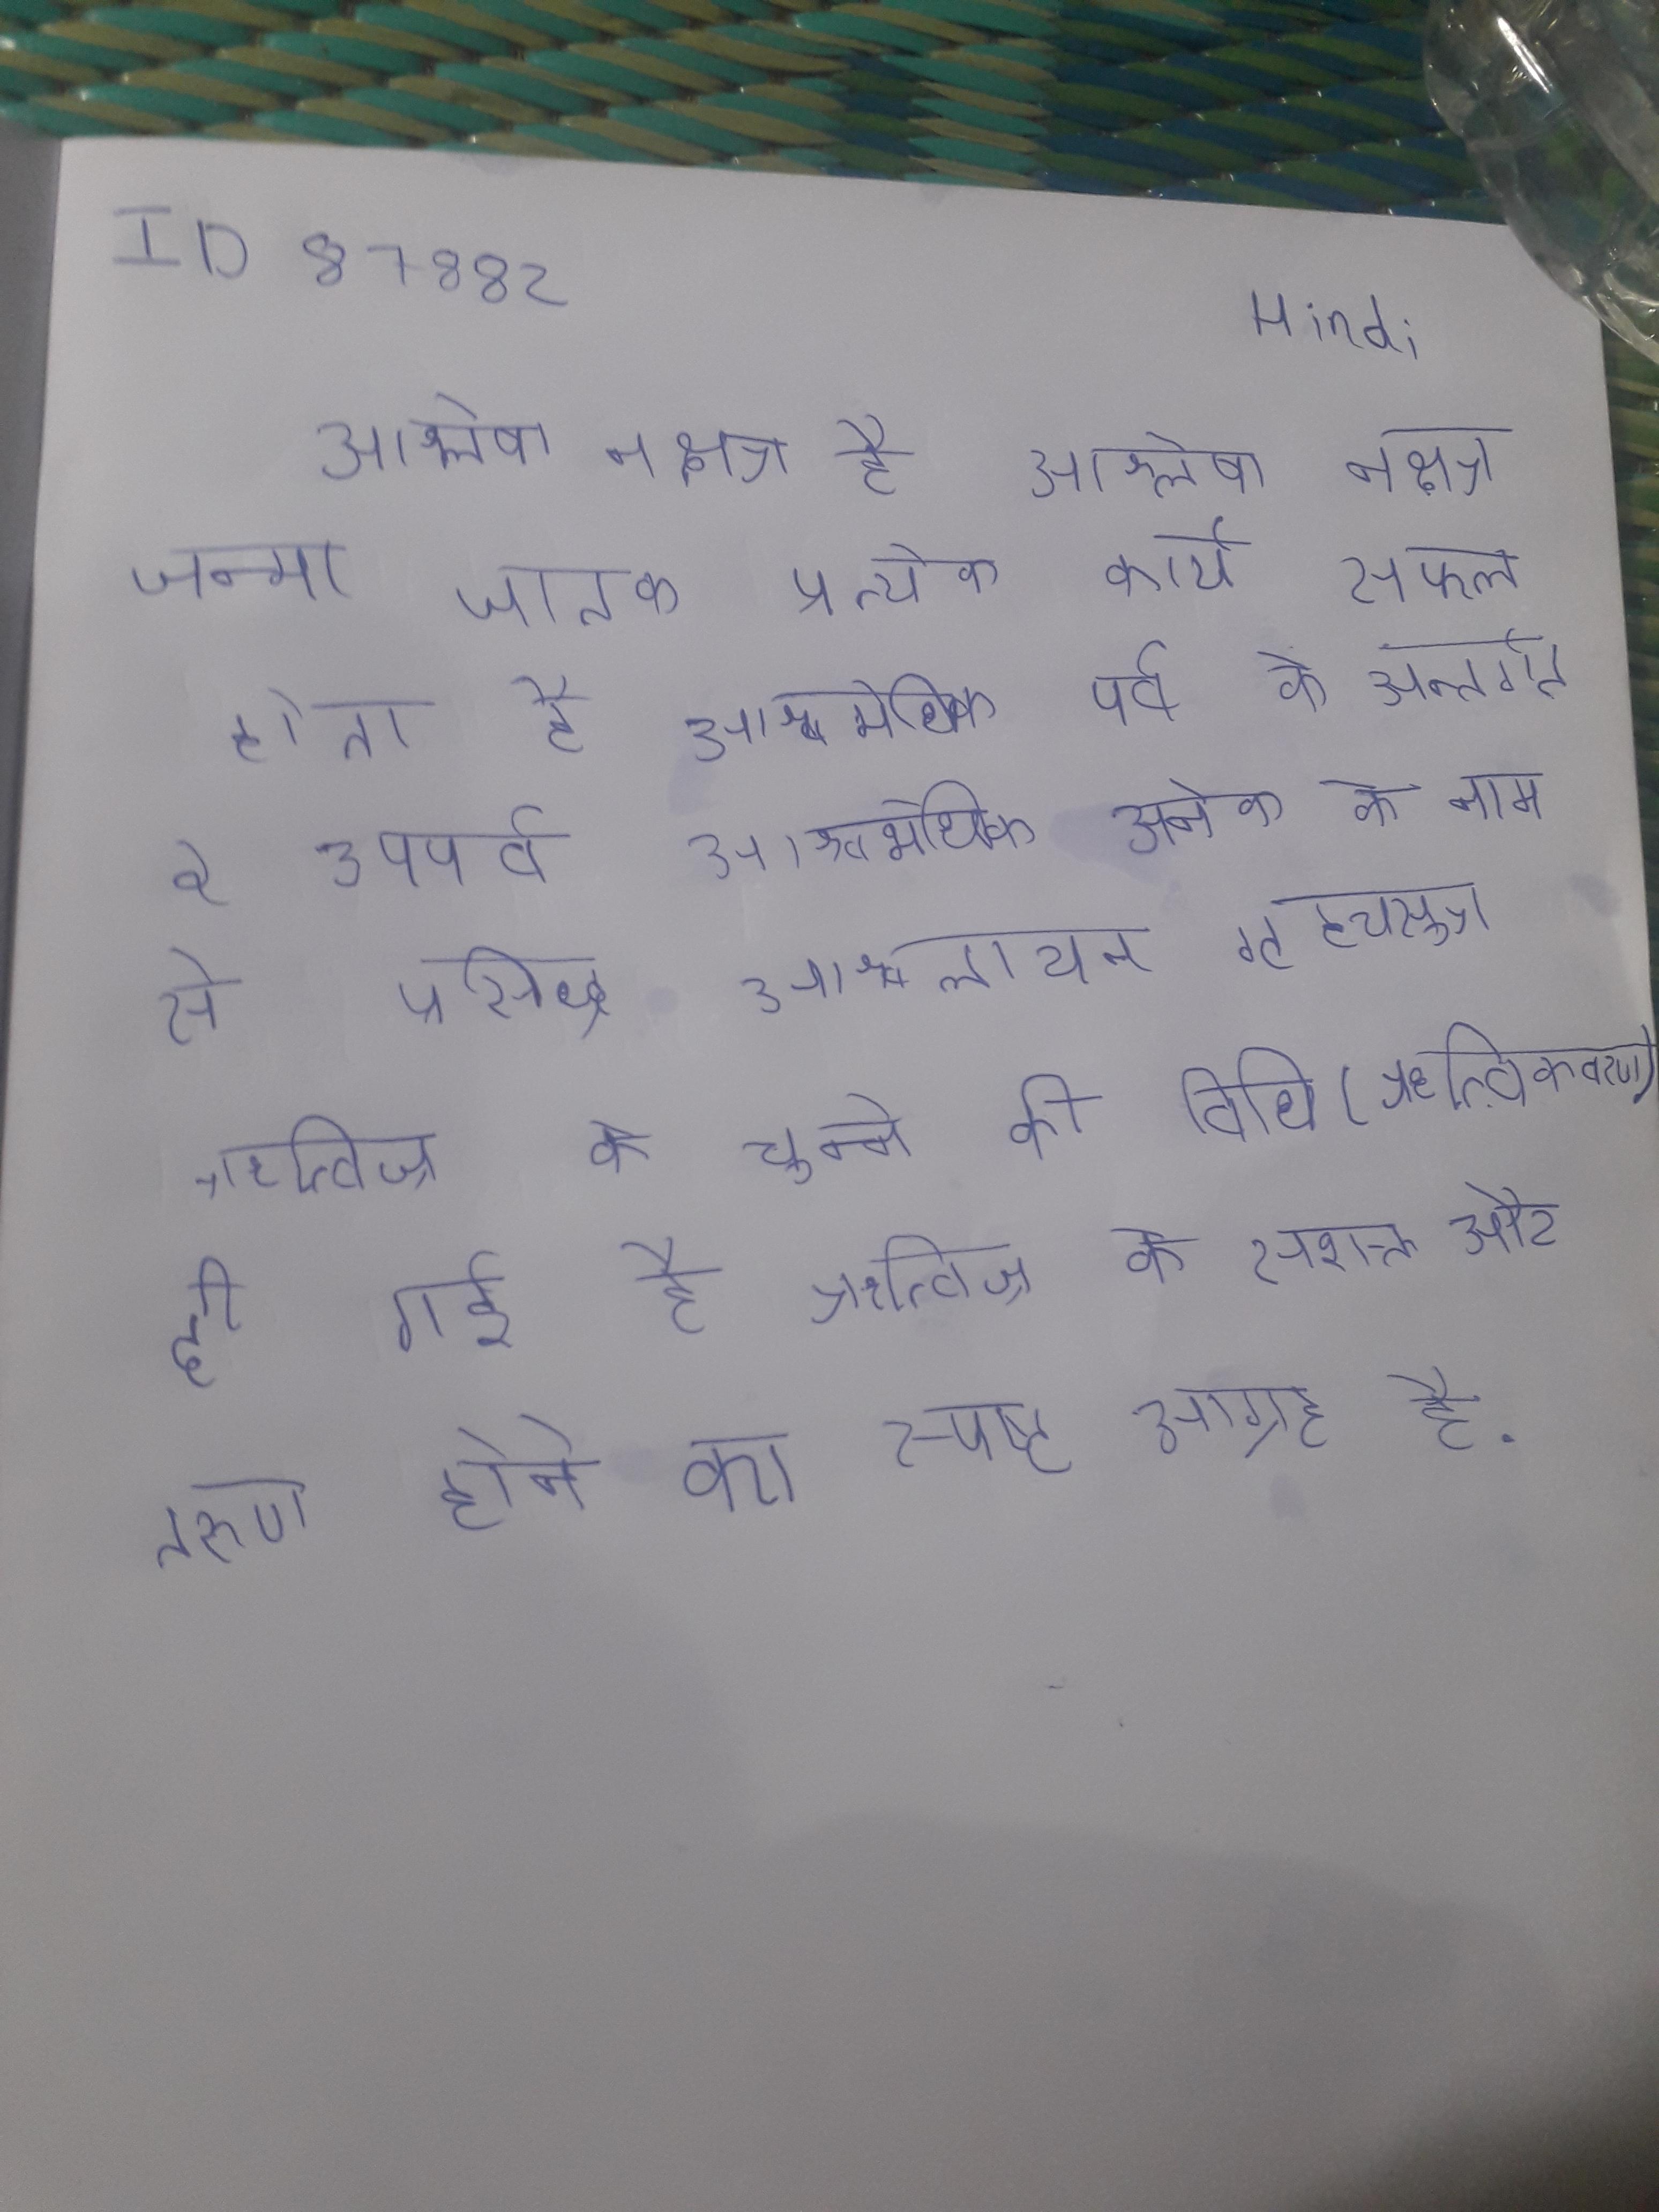
आश्लेषा नक्षत्र नक्षत्र है । आश्लेषा नक्षत्र जन्मा जातक प्रत्येक कार्य सफल होता है । आश्वमेधिक पर्व के अन्तर्गत २ उपपर्व आश्वलायनगृह्य अनेक के नाम से प्रसिद्ध । आश्वलायन गृह्यसूत्र ऋत्विज् के चुनने की विधि (ऋत्विक्वरण) दी गई है ऋत्विज् के सशक्त और तरुण होने का स्पष्ट आग्रह है ।